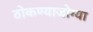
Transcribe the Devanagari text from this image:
ठोकण्याजोग्या